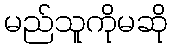
မည်သူကိုမဆို